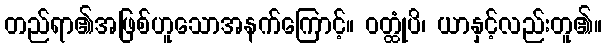
တည်ရာ၏အဖြစ်ဟူသောအနက်ကြောင့်။ ဝတ္ထုံပိ၊ ယာနှင့်လည်းတူ၏။